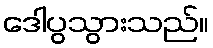
ဒေါပွသွားသည်။